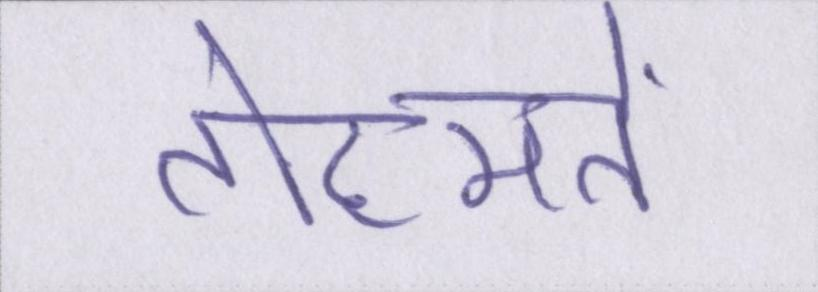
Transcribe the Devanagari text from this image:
तोहमतें